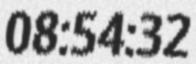
08:54:32